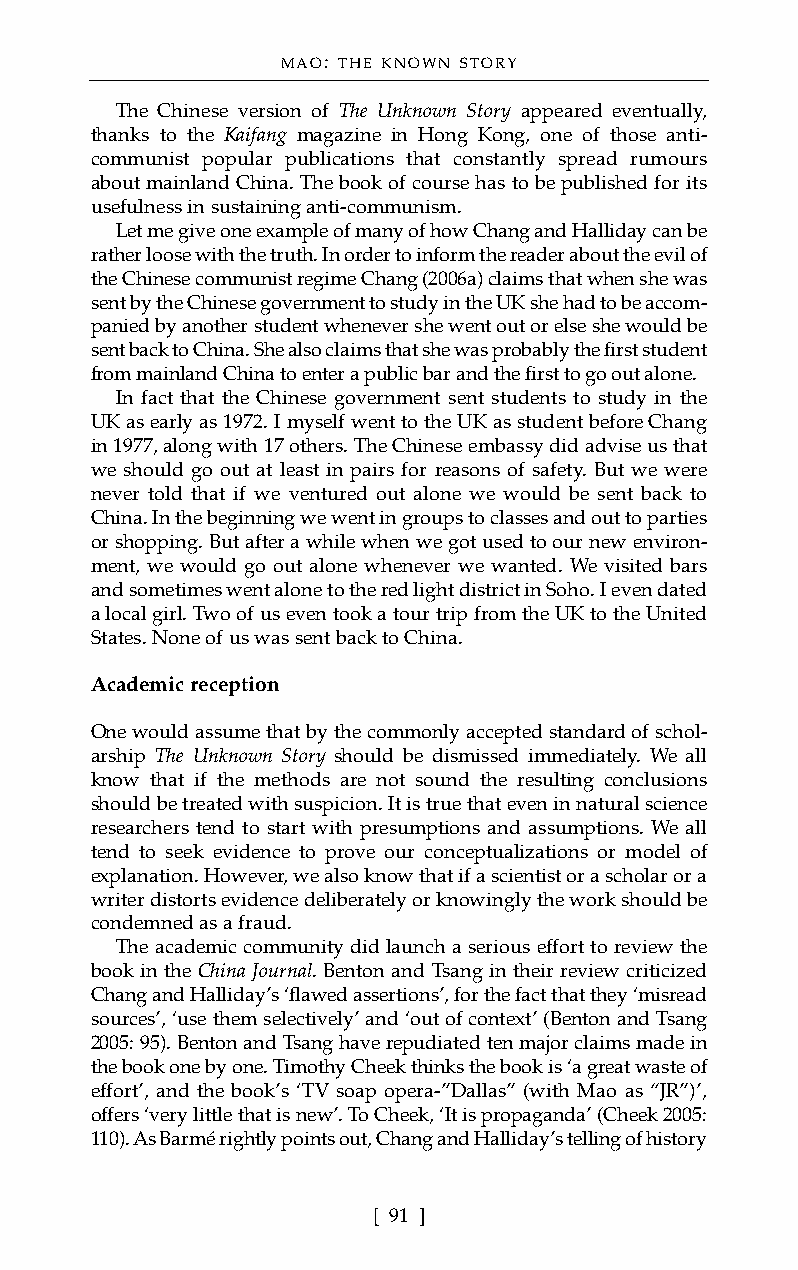
MAO: THE KNOWN STORY
 The Chinese version of The Unknown Story appeared eventually,
 thanks to the Kaifang magazine in Hong Kong, one of those anti-
 communist popular publications that constantly spread rumours
 about mainland China. The book of course has to be published for its
 usefulness in sustaining anti-communism.
 Let me give one example of many of how Chang and Halliday can be
 rather loose with the truth. In order to inform the reader about the evil of
 the Chinese communist regime Chang (2006a) claims that when she was
 sent by the Chinese government to study in the UK she had to be accom-
 panied by another student whenever she went out or else she would be
 sent back to China. She also claims that she was probably the first student
 from mainland China to enter a public bar and the first to go out alone.
 In fact that the Chinese government sent students to study in the
 UK as early as 1972. I myself went to the UK as student before Chang
 in 1977, along with 17 others. The Chinese embassy did advise us that
 we should go out at least in pairs for reasons of safety. But we were
 never told that if we ventured out alone we would be sent back to
 China. In the beginning we went in groups to classes and out to parties
 or shopping. But after a while when we got used to our new environ-
 ment, we would go out alone whenever we wanted. We visited bars
 and sometimes went alone to the red light district in Soho. I even dated
 a local girl. Two of us even took a tour trip from the UK to the United
 States. None of us was sent back to China.
 Academic reception
 One would assume that by the commonly accepted standard of schol-
 arship The Unknown Story should be dismissed immediately. We all
 know that if the methods are not sound the resulting conclusions
 should be treated with suspicion. It is true that even in natural science
 researchers tend to start with presumptions and assumptions. We all
 tend to seek evidence to prove our conceptualizations or model of
 explanation. However, we also know that if a scientist or a scholar or a
 writer distorts evidence deliberately or knowingly the work should be
 condemned as a fraud.
 The academic community did launch a serious effort to review the
 book in the China Journal. Benton and Tsang in their review criticized
 Chang and Halliday’s ‘flawed assertions’, for the fact that they ‘misread
 sources’, ‘use them selectively’ and ‘out of context’ (Benton and Tsang
 2005: 95). Benton and Tsang have repudiated ten major claims made in
 the book one by one. Timothy Cheek thinks the book is ‘a great waste of
 effort’, and the book’s ‘TV soap opera-”Dallas” (with Mao as “JR”)’,
 offers ‘very little that is new’. To Cheek, ‘It is propaganda’ (Cheek 2005:
 110). As Barmé rightly points out, Chang and Halliday’s telling of history
 [ 91 ]